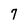
Character: 7